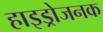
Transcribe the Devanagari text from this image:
हाइड्रोजनक